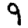
Digit: 9